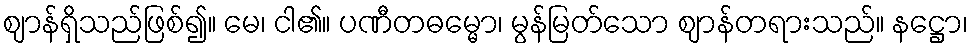
ဈာန်ရှိသည်ဖြစ်၍။ မေ၊ ငါ၏။ ပဏီတဓမ္မော၊ မွန်မြတ်သော ဈာန်တရားသည်။ နဋ္ဌော၊